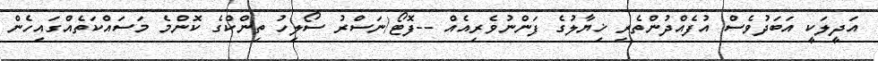
އަދީލަކީ އަބަދުވެސް އުފެއްދުންތެރި ޚިޔާލުގެ ފަންނުވެރިއެއް --ފޮޓޯ/ނަސްރު ސޯލިހު ތިންކްގެ ކޮންމެ މަސައްކަތެއްގައިހެން